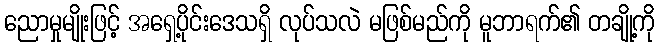
ညောမှုမျိုးဖြင့် အရှေ့ပိုင်းဒေသရှိ လုပ်သလဲ မဖြစ်မည်ကို မူဘာရက်၏ တချို့ကို